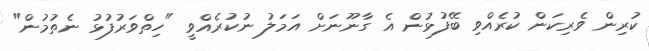
ކުރިން ވެރިކަން ކުރެއްވި ބޭފުޅުން އެ ގާނޫނަށް އަމަލު ނުކުރެއްވީ "ހިތްވަރުފުޅު ނެތުމުން"